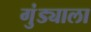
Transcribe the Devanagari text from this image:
गुंड्याला